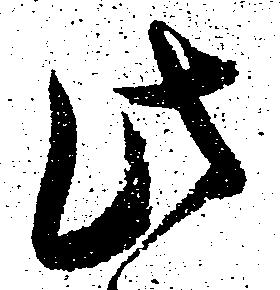
此